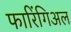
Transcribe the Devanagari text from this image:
फारिंगिअल